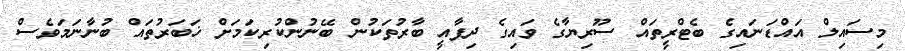
މިސައިލް އައްޑަނައިގެ ބެޓްރީތައް ސޫރިޔާގެ ވައިގެ ދިފާއީ ބާރުތަކުން ބޭނުންކުރިކަމަށް ޚަބަރުތައް ބުނާނަމަވެސް